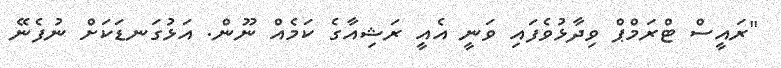
"ރައީސް ޓްރަމްޕް ވިދާޅުވެފައި ވަނީ އެއީ ރަޝިއާގެ ކަމެއް ނޫން. އަޅުގަނޑަކަށް ނުފެނޭ